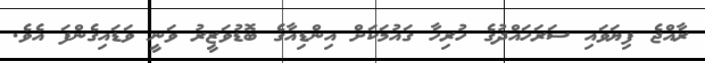
ރާއްޖެ ފިޔަވައި ސަރަހައްދުގެ ހުރިހާ ގައުމަކަށް އިންޑިއާގެ ބޮޑުވަޒީރު ވަނީ ވަޑައިގެންފަ އެވެ.